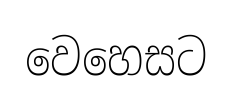
වෙහෙසට